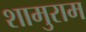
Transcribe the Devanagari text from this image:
शामुराम